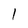
Character: 1